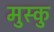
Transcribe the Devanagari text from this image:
मुस्कु